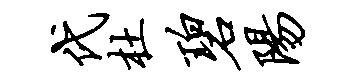
代杜碧阳